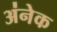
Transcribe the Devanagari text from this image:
अ॑नेक